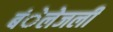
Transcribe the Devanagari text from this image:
बंेलेजली